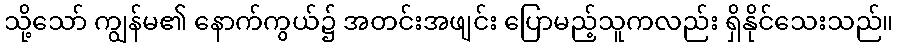
သို့သော် ကျွန်မ၏ နောက်ကွယ်၌ အတင်းအဖျင်း ပြောမည့်သူကလည်း ရှိနိုင်သေးသည်။